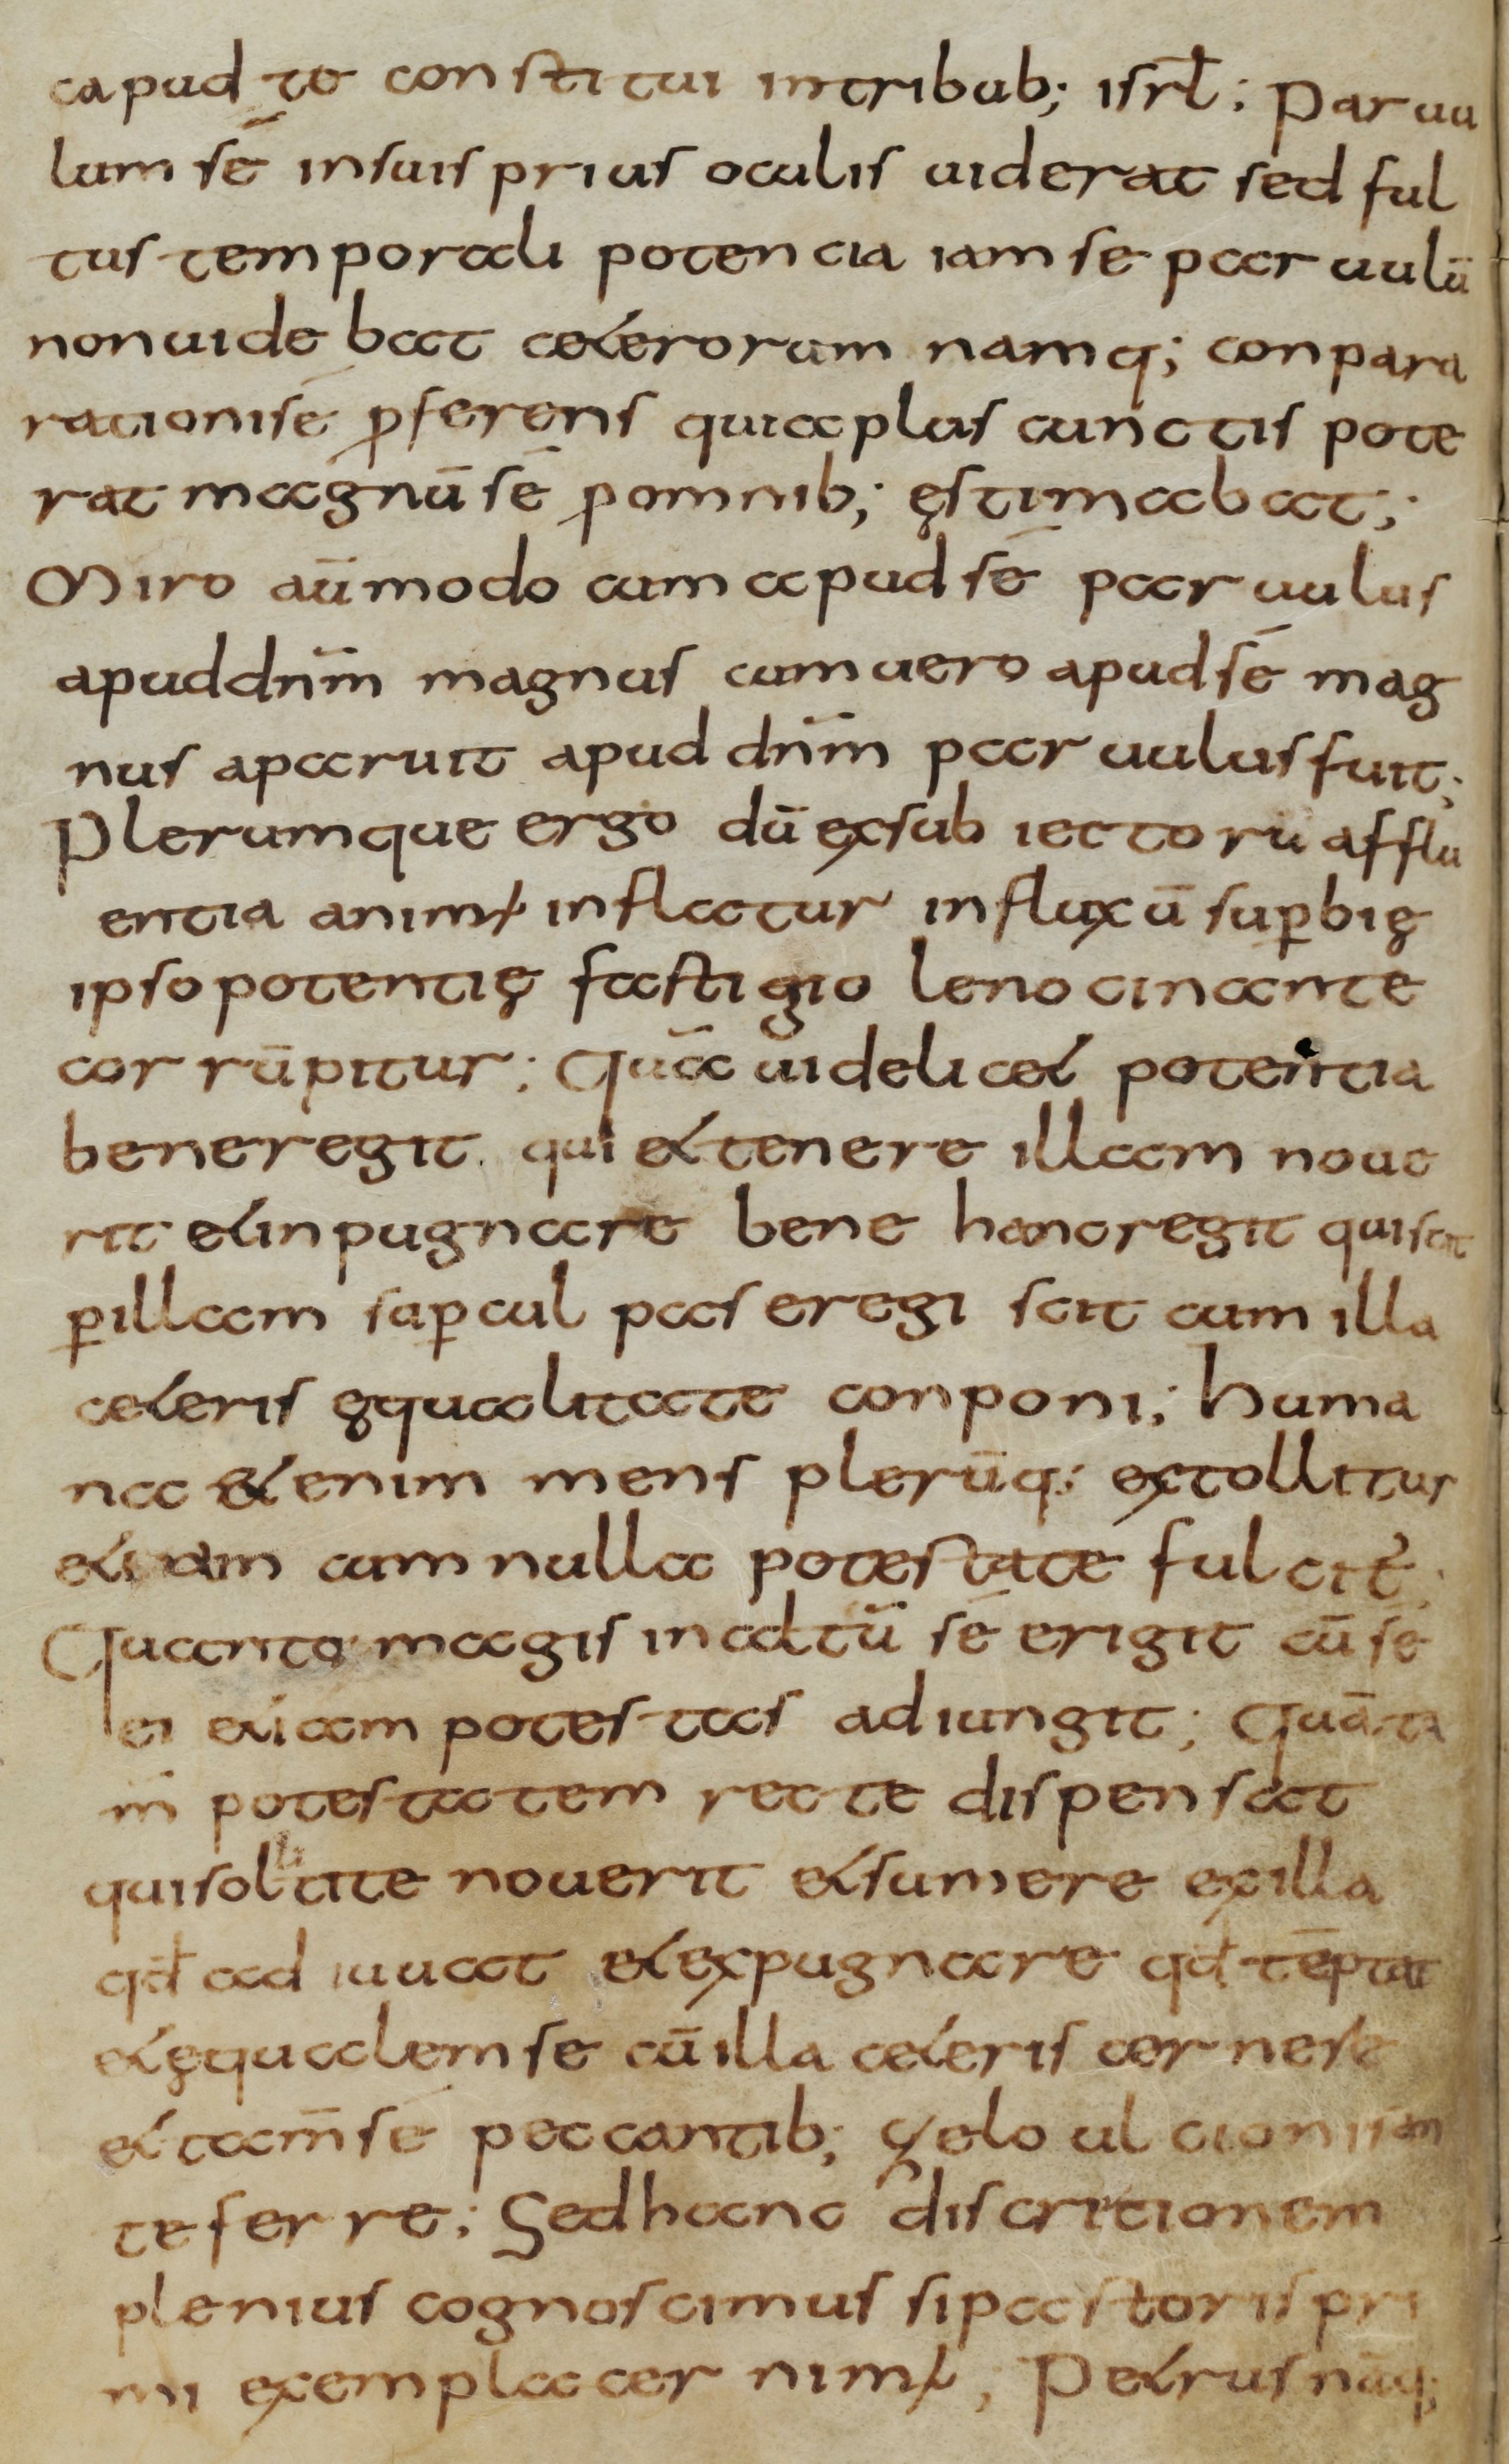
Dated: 800–830